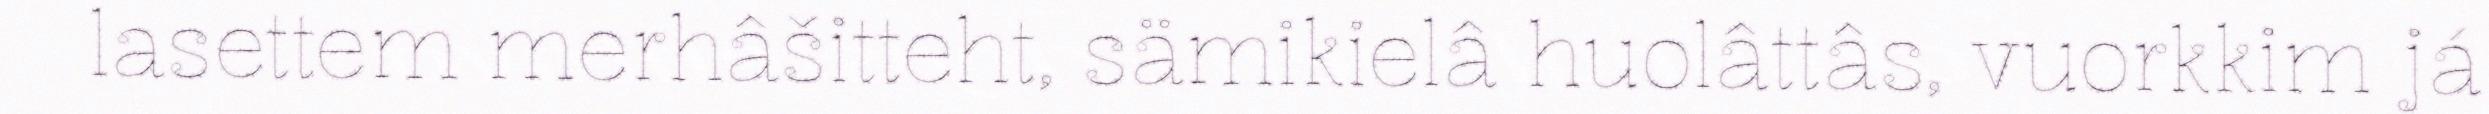
lasettem merhâšitteht, sämikielâ huolâttâs, vuorkkim já